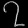
Digit: ၇